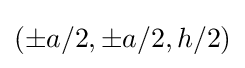
(\pm a/2,\pm a/2,h/2)